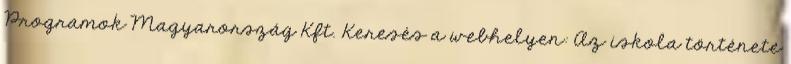
Programok Magyarország Kft. Keresés a webhelyen: Az iskola története